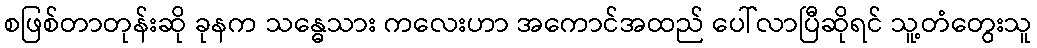
စဖြစ်တာတုန်းဆို ခုနက သန္ဓေသား ကလေးဟာ အကောင်အထည် ပေါ်လာပြီဆိုရင် သူ့တံတွေးသူ